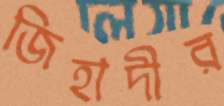
জিহাদীর